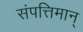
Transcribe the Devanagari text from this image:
संपत्तिमान्